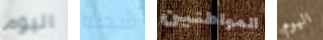
اليوم شحنه المواطنين اليوم